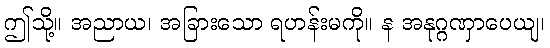
ဤသို့။ အညာယ၊ အခြားသော ရဟန်းမကို။ န အနုဂ္ဂဏှာပေယျ၊